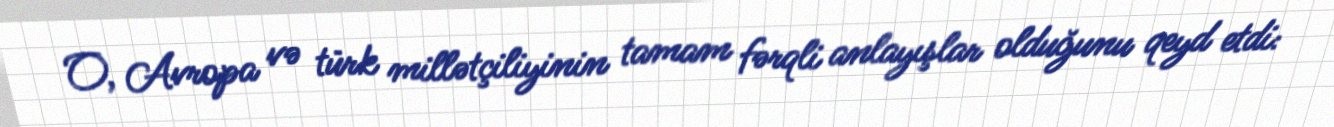
O, Avropa və türk millətçiliyinin tamam fərqli anlayışlar olduğunu qeyd etdi: